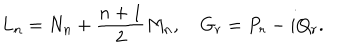
LaTeX: L _ { n } = N _ { n } + \frac { n + 1 } { 2 } M _ { n } , \quad G _ { r } = P _ { r } - i Q _ { r } .